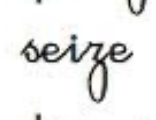
seize